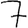
Digit: 7